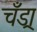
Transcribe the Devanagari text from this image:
चँड्रा